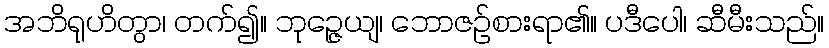
အဘိရုဟိတွာ၊ တက်၍။ ဘုဉ္ဇေယျ၊ ဘောဇဉ်စားရာ၏။ ပဒီပေါ၊ ဆီမီးသည်။